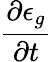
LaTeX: \frac{\partial\epsilon_{g}}{\partial t}